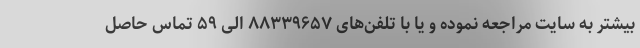
بیشتر به سایت مراجعه نموده و یا با تلفن‌های ۸۸۳۳۹۶۵۷ الی ۵۹ تماس حاصل